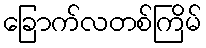
ခြောက်လတစ်ကြိမ်